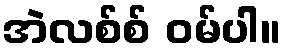
အဲလစ်စ် ဝမ်ပါ။